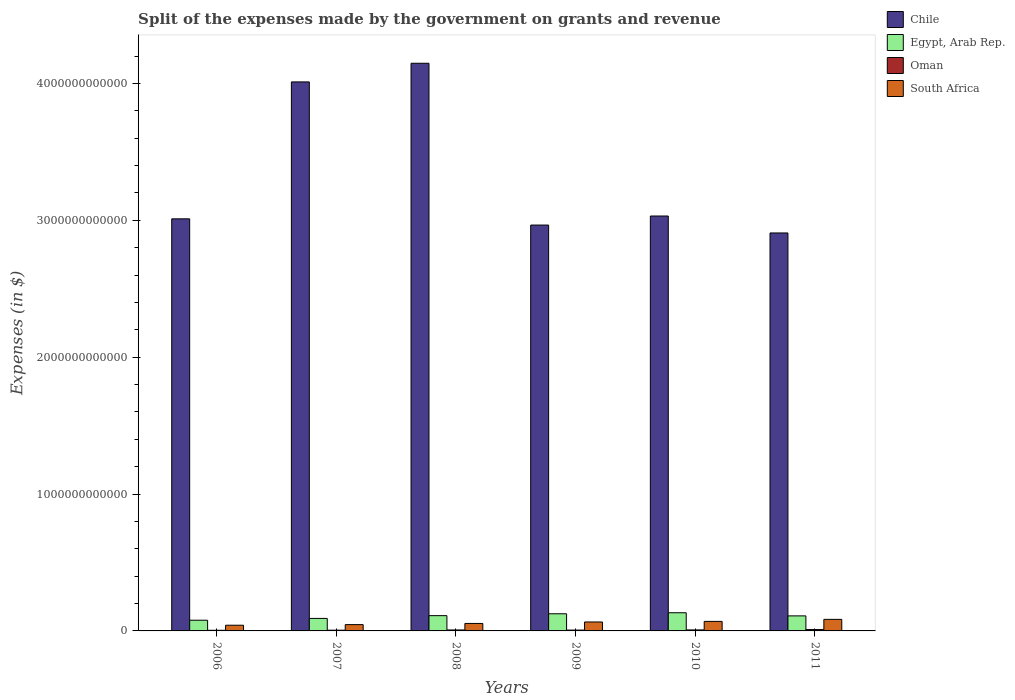
| Years | Chile | Egypt, Arab Rep. | Oman | South Africa |
 | --- | --- | --- | --- | --- |
 | 2006 | 3.01e+12 | 7.82e+10 | 4.63e+09 | 4.16e+10 |
 | 2007 | 4.01e+12 | 9.13e+10 | 5.4e+09 | 4.6e+10 |
 | 2008 | 4.15e+12 | 1.12e+11 | 7.02e+09 | 5.46e+10 |
 | 2009 | 2.97e+12 | 1.25e+11 | 6.14e+09 | 6.53e+10 |
 | 2010 | 3.03e+12 | 1.33e+11 | 7.31e+09 | 6.96e+10 |
 | 2011 | 2.91e+12 | 1.1e+11 | 9.99e+09 | 8.44e+10 |